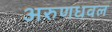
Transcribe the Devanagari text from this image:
अरुणधवल